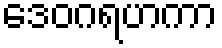
ဒေဝဂရဟကာ